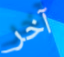
آخر